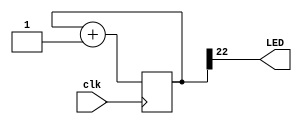
/******************************************************************************
*                                                                             *
* Copyright 2016 myStorm Copyright and related                                *
* rights are licensed under the Solderpad Hardware License, Version 0.51      *
* (the License); you may not use this file except in compliance with        *
* the License. You may obtain a copy of the License at                        *
* http://solderpad.org/licenses/SHL-0.51. Unless required by applicable       *
* law or agreed to in writing, software, hardware and materials               *
* distributed under this License is distributed on an AS IS BASIS,          *
* WITHOUT WARRANTIES OR CONDITIONS OF ANY KIND, either express or             *
* implied. See the License for the specific language governing                *
* permissions and limitations under the License.                              *
*                                                                             *
******************************************************************************/

module blink(input clk, output LED);

	reg [22:0] count;

	assign LED = count[22];

	always @(posedge clk)
			count <= count + 1;

endmodule